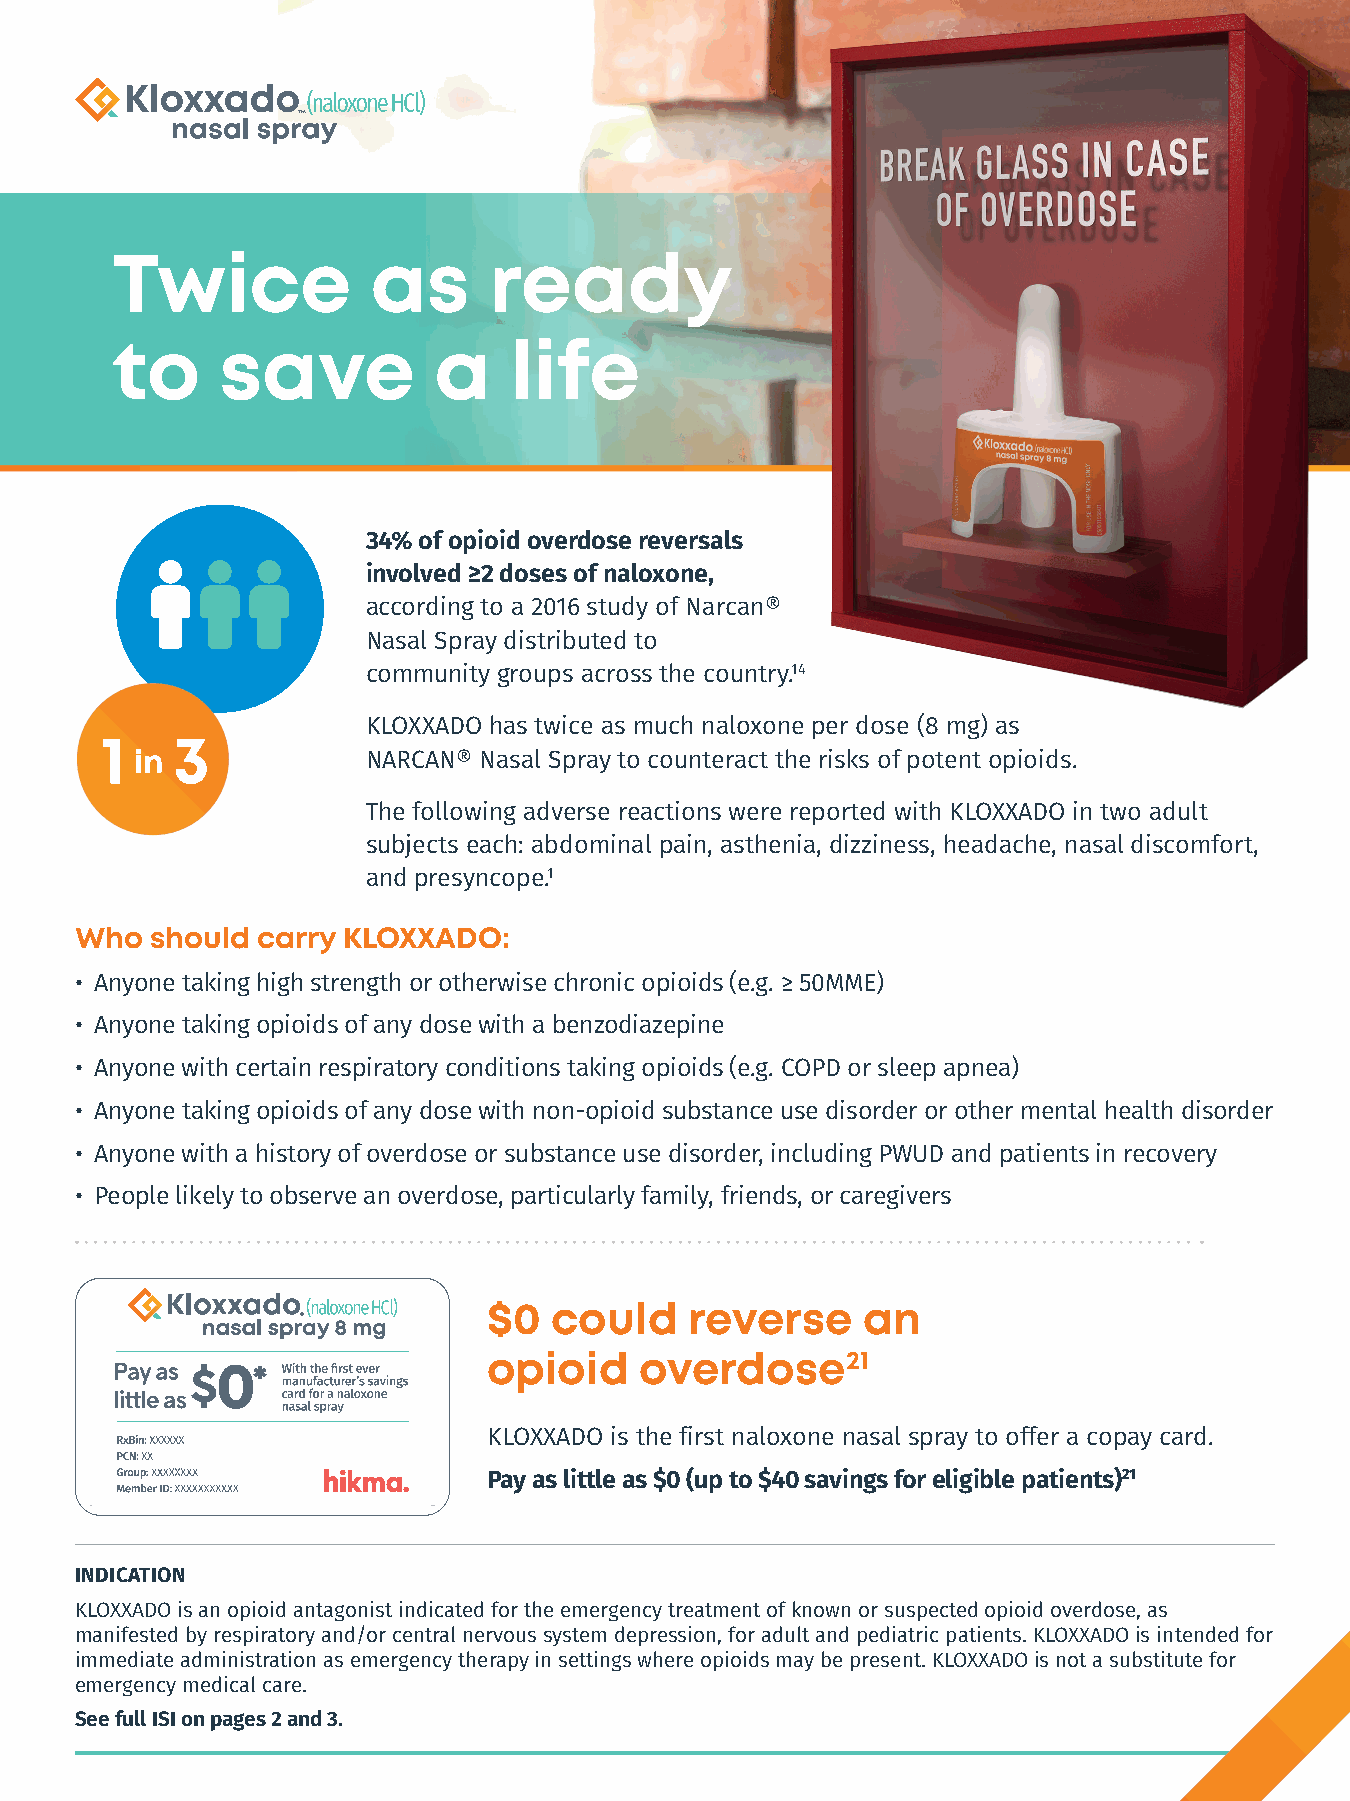
Twice             as     ready
 to      save          a    life
 34% of opioid overdose reversals
 involved ≥2 doses of naloxone,
 according to a 2016 study of Narcan®
 Nasal Spray distributed to
 community groups across the country.14
 KLOXXADO has twice as much naloxone per dose (8 mg) as
 NARCAN® Nasal Spray to counteract the risks of potent opioids.
 The following adverse reactions were reported with KLOXXADO in two adult
 subjects each: abdominal pain, asthenia, dizziness, headache, nasal discomfort,
 and presyncope.1
 Who  should carry KLOXXADO:
 • Anyone taking high strength or otherwise chronic opioids (e.g. ≥ 50MME)
 • Anyone taking opioids of any dose with a benzodiazepine
 • Anyone with certain respiratory conditions taking opioids (e.g. COPD or sleep apnea)
 • Anyone taking opioids of any dose with non-opioid substance use disorder or other mental health disorder
 • Anyone with a history of overdose or substance use disorder, including PWUD and patients in recovery
 • People likely to observe an overdose, particularly family, friends, or caregivers
 $0   could    reverse    an
 opioid    overdose21
 KLOXXADO is the first naloxone nasal spray to offer a copay card.
 Pay as little as $0 (up to $40 savings for eligible patients)21
 INDICATION
 KLOXXADO is an opioid antagonist indicated for the emergency treatment of known or suspected opioid overdose, as
 manifested by respiratory and/or central nervous system depression, for adult and pediatric patients. KLOXXADO is intended for
 immediate administration as emergency therapy in settings where opioids may be present. KLOXXADO is not a substitute for
 emergency medical care.
 See full ISI on pages 2 and 3.